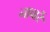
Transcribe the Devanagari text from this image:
नावार्रे